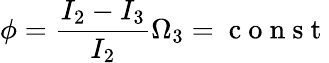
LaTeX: \phi=\frac{I_{2}-I_{3}}{I_{2}}\Omega_{3}=\mathrm{~c~o~n~s~t~}